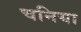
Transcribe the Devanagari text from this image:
चनिया